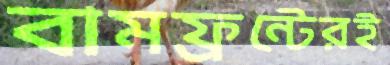
বামফ্রন্টেরই